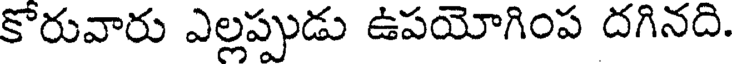
కోరువారు ఎల్లప్పుడు ఉపయోగింప దగినది.